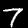
Label: 7